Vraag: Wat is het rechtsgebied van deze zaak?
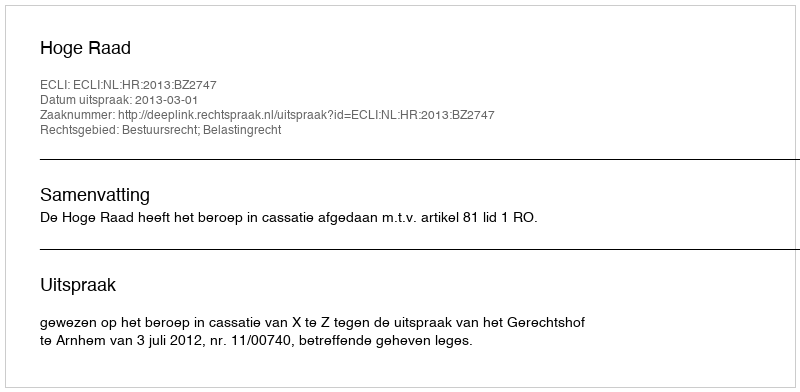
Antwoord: Bestuursrecht; Belastingrecht